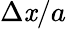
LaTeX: \Delta\mathit{x}/a